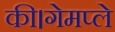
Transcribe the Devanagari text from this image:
की।गेमप्ले